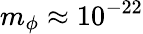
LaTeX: m_{\phi}\approx 10^{-22}